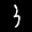
Label: 3